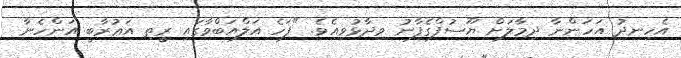
އެހިނދު އަހަންނާ ދިމާލަށް ޔޫސުފްގެފާނު ވިދާޅުވިއެވެ. "ފަހެ އަލްއަބްވާގައި ރީތި އަޢުރާބީ އަންހެނާ